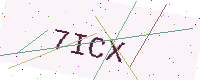
Text: 7ICX